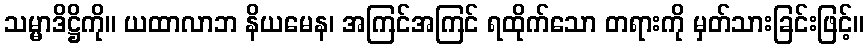
သမ္မာဒိဋ္ဌိကို။ ယထာလာဘ နိယမေန၊ အကြင်အကြင် ရထိုက်သော တရားကို မှတ်သားခြင်းဖြင့်။